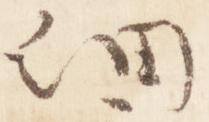
細